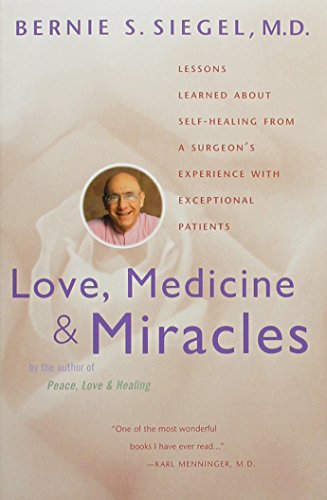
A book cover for Love, Medicine and Miracles: Lessons Learned about Self-Healing from a Surgeon's Experience with Exceptional Patients; Bernie S. Siegel; Health, Fitness & Dieting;